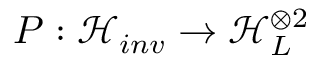
P : \mathcal { H } _ { i n v } \rightarrow \mathcal { H } _ { L } ^ { \otimes 2 }